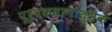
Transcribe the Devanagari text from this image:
पूर्वकथानात्मक